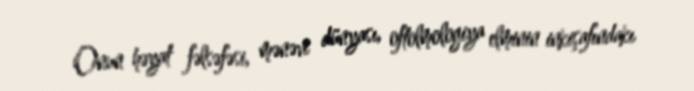
Onun həyat fəlsəfəsi, mənəvi dünyası, oftolmologiya elminin inkişafındakı